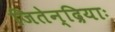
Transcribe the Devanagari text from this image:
जितेन्द्रियाः